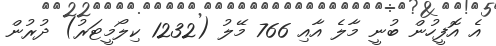
އެ އޮފީހުން ބުނީ މާލެ އާއި 766 މޭލު (1232 ކިލޯމީޓަރު) ދުރުން